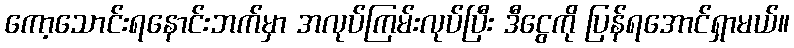
ကော့သောင်းရနောင်းဘက်မှာ အလုပ်ကြမ်းလုပ်ပြီး ဒီငွေကို ပြန်ရအောင်ရှာမယ်။